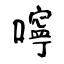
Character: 嚀